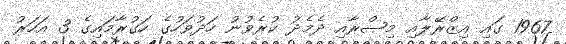
1967 ގައި އިޒްރޭލާއި މިޞްރާއި ދެމެދު ކުރެވުނު ހަދުވަހުގެ ހަގުރާމައިގެ 3 އަހަރު